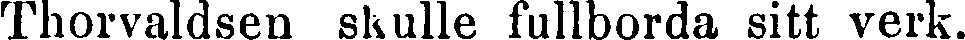
Thorvaldsen skulle fullborda sitt verk.